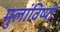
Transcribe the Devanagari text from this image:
मुलांविष्यी